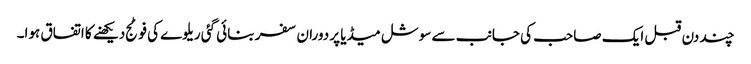
چند دن قبل ایک صاحب کی جانب سے سوشل میڈیا پر دوران سفر بنائی گئی ریلوے کی فوٹج دیکھنے کا اتفاق ہوا۔